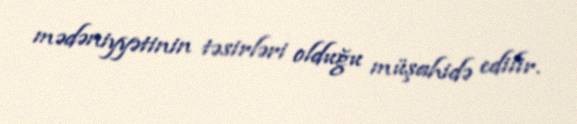
mədəniyyətinin təsirləri olduğu müşahidə edilir.